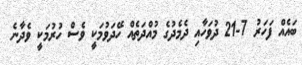
ބައެއް ފަހަރު 7-21 ދުވަހާއި ދެމެދުގެ މުއްދަތެއް ހޭދަވުމަކީ ވެސް ހުރުމަކީ ވެދާނެ